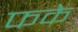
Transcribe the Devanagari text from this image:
फके